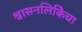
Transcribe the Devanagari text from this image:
श्वासनलिकिेचा